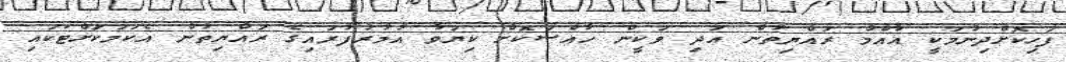
ފަހިކޮށްދިނުމަކީ އާއްމު ރައްޔިތުން އަދި ވަކީން ހާއްސަކޮށް ކިޔަވާ އުމުރުފުރައިގެ ރައްޔިތުން އެކަމަކަށްޓަކައި